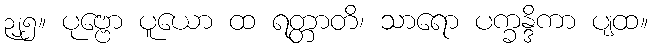
၃၂၅။ ပုဗ္ဗော ပူယော ထ ရတ္တာတိ၊ သာရော ပက္ခန္ဒိကာ ပျထ။